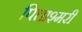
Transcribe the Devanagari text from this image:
पित्ताश्मरी